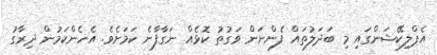
އެޕްލިކޭޝަންގައި މި ބަދަލުތައް ފެންނަން ވަގުތު ކޮޅެއް ނަގާފާނެ ކަމަށެވެ. އެހެންކަމުން ދިރާގު